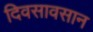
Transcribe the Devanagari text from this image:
दिवसावसान